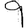
Digit: 9